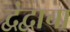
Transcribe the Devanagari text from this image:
द्वंद्वाचा